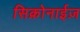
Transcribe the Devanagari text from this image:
सिक्रोनाईज़